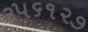
૩૫૬૧૨૭